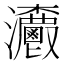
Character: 𤅯